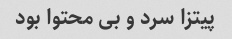
پیتزا سرد و بی محتوا بود